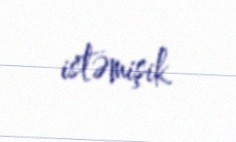
istəmişik.